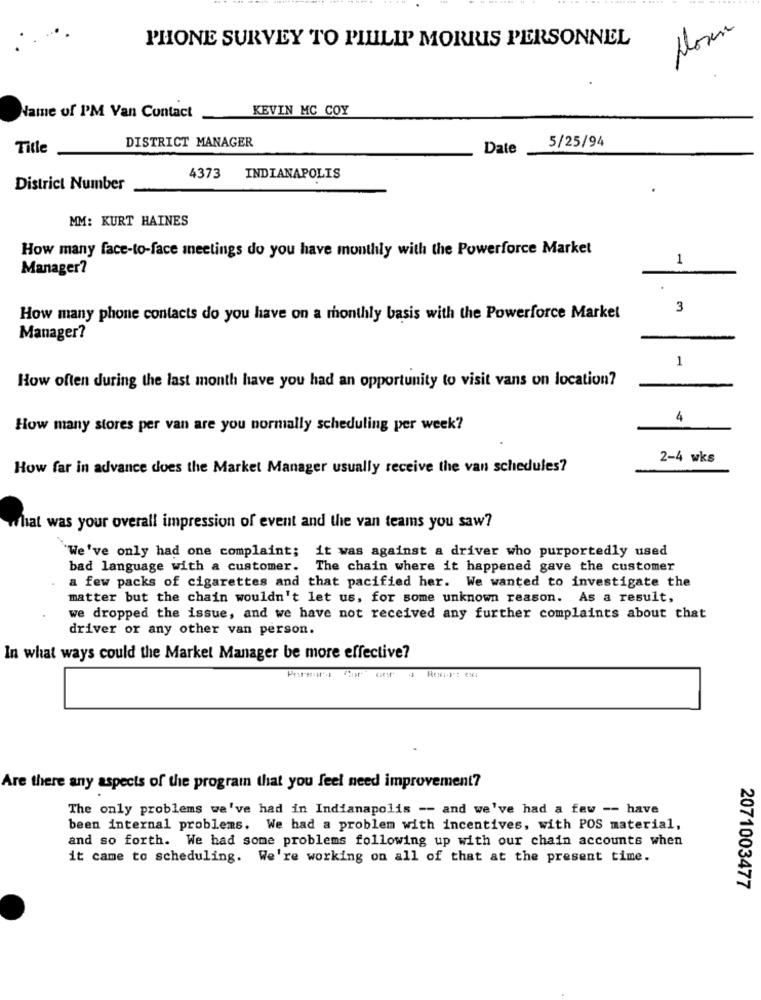
PHONE SURVEY TO PILLIP MORRIS PERSONNEL
Moren
KEVIN MC COY
Name of I'M Van Contact
DISTRICT MANAGER
Title
Date
5/25/94
4373 INDIANAPOLIS
District Number
MM: KURT HAINES
How many face-to-face meetings do you have monthly with the Powerforce Market
1
Manager?
3
How many phone contacts do you have on a monthly basis with the Powerforce Market
Manager?
1
How often during the last month have you had an opportunity to visit vans on location?
4
How many stores per van are you normally scheduling per week?
2-4 wks
How far in advance does the Market Manager usually receive the van schedules?
what was your overall impression of event and the van teams you saw?
We've only had one complaint; it was against a driver who purportedly used
bad language with a customer. The chain where it happened gave the customer
a few packs of cigarettes and that pacified her. We wanted to investigate the
matter but the chain wouldn't let us, for some unknown reason. As a result,
we dropped the issue, and we have not received any further complaints about that
driver or any other van person.
In what ways could the Market Manager be more effective?
Are there any aspects of the program that you feel need improvement?
The only problems we've had in Indianapolis -- and we've had a few -- have
been internal problems. We had a problem with incentives, with POS material,
and so forth. We had some problems following up with our chain accounts when
it came to scheduling. We're working on all of that at the present time.
2071003477